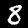
Digit: 8